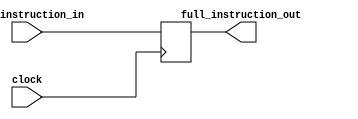
`timescale 1ps / 1ps
//////////////////////////////////////////////////////////////////////////////////
// Company: 
// Engineer: 
// 
// Design Name: 
// Module Name: ID_EX_instruction_for_stalling
// Project Name: 
// Target Devices: 
// Tool Versions: 
// Description: 
// 
// Dependencies: 
// 
// Revision:
// Revision 0.01 - File Created
// Additional Comments:
// 
//////////////////////////////////////////////////////////////////////////////////


module instruction_buffer(input [31:0]full_instruction_in,input clock,
output [31:0]full_instruction_out);
reg [31:0]mid_reg;
always@(posedge clock)
begin
mid_reg=full_instruction_in;
end
assign full_instruction_out=mid_reg;

endmodule